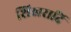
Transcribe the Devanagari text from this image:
शिखरादि